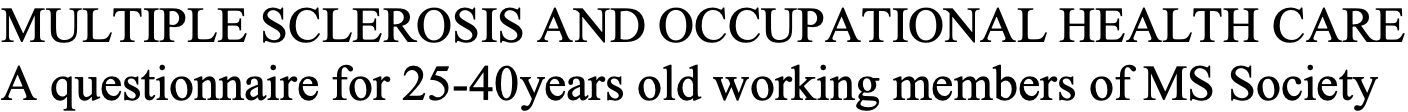
MULTIPLE SCLEROSIS AND OCCUPATIONAL HEALTH CARE A questionnaire for 25-40years old working members of MS Society